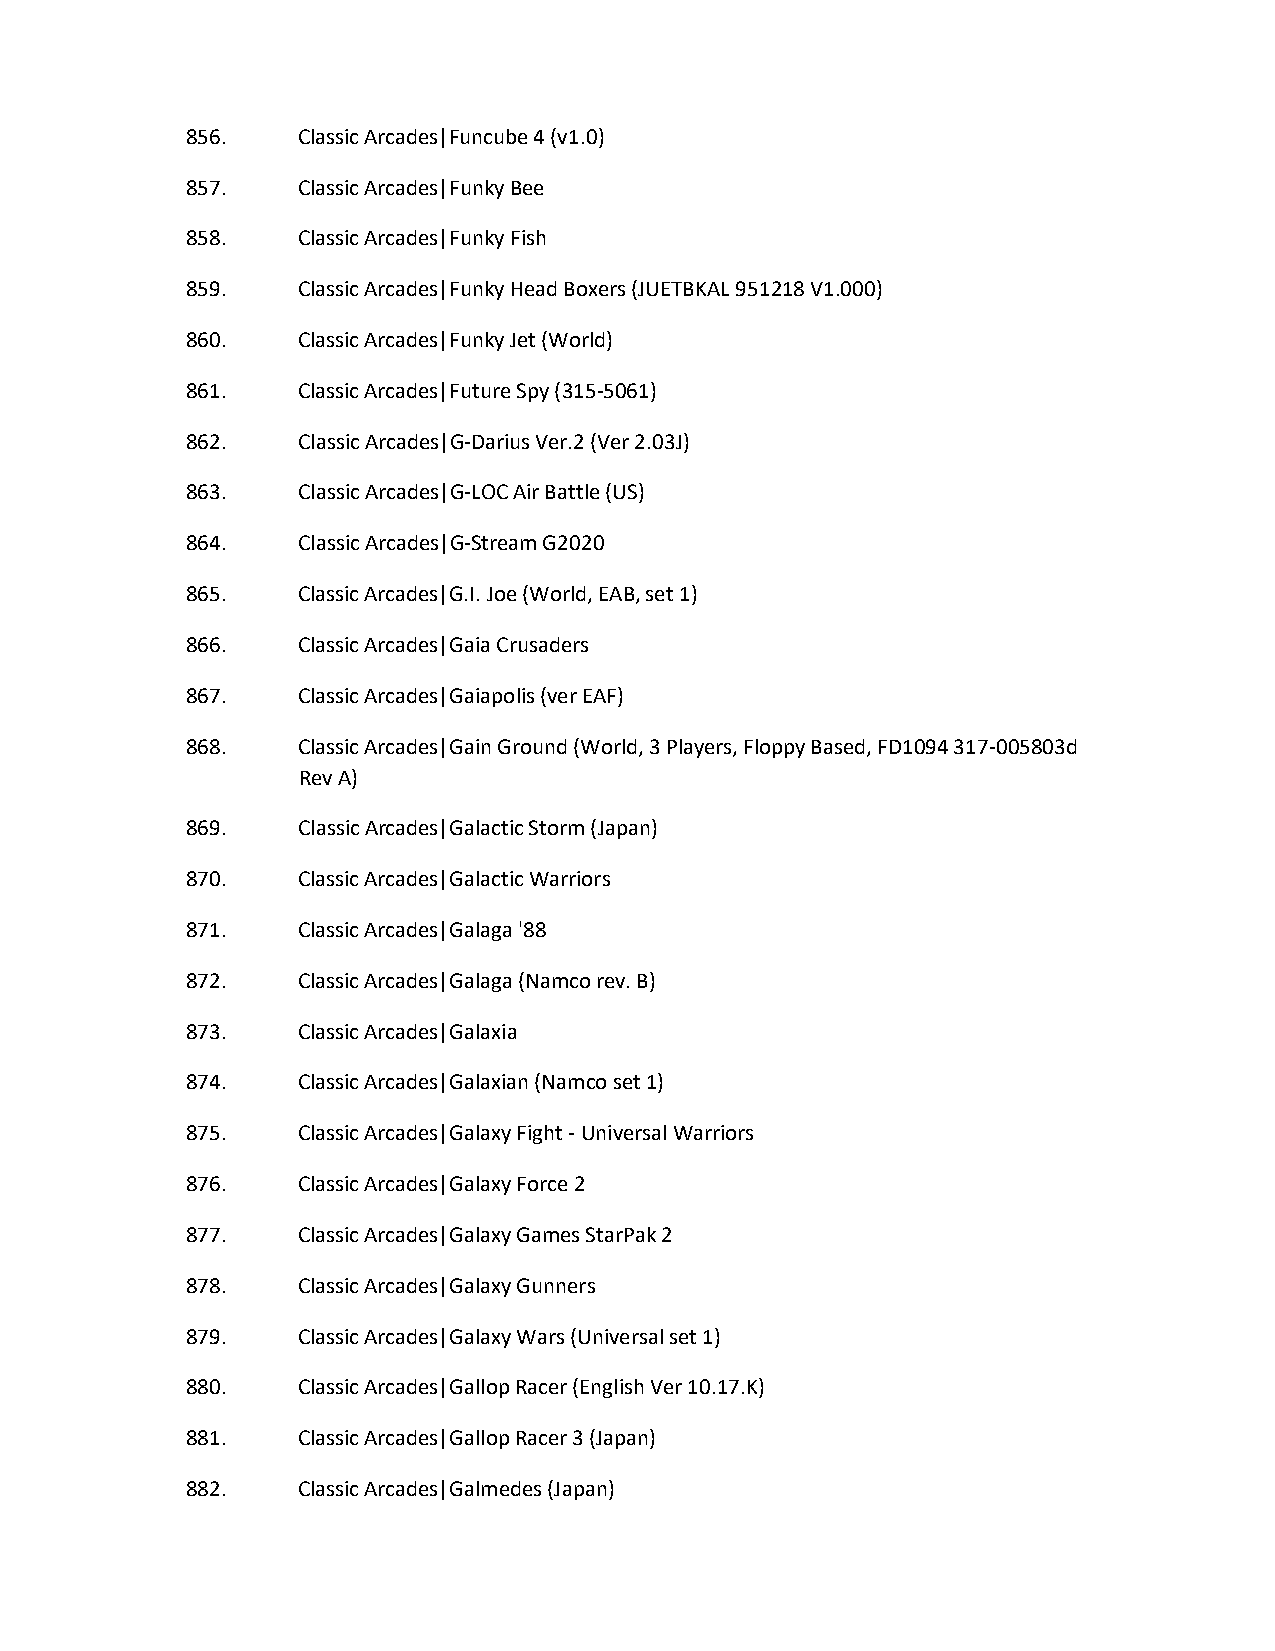
856.    Classic Arcades|Funcube 4 (v1.0)
 857.    Classic Arcades|Funky Bee
 858.    Classic Arcades|Funky Fish
 859.    Classic Arcades|Funky Head Boxers (JUETBKAL 951218 V1.000)
 860.    Classic Arcades|Funky Jet (World)
 861.    Classic Arcades|Future Spy (315-5061)
 862.    Classic Arcades|G-Darius Ver.2 (Ver 2.03J)
 863.    Classic Arcades|G-LOC Air Battle (US)
 864.    Classic Arcades|G-Stream G2020
 865.    Classic Arcades|G.I. Joe (World, EAB, set 1)
 866.    Classic Arcades|Gaia Crusaders
 867.    Classic Arcades|Gaiapolis (ver EAF)
 868.    Classic Arcades|Gain Ground (World, 3 Players, Floppy Based, FD1094 317-005803d
 Rev A)
 869.    Classic Arcades|Galactic Storm (Japan)
 870.    Classic Arcades|Galactic Warriors
 871.    Classic Arcades|Galaga '88
 872.    Classic Arcades|Galaga (Namco rev. B)
 873.    Classic Arcades|Galaxia
 874.    Classic Arcades|Galaxian (Namco set 1)
 875.    Classic Arcades|Galaxy Fight - Universal Warriors
 876.    Classic Arcades|Galaxy Force 2
 877.    Classic Arcades|Galaxy Games StarPak 2
 878.    Classic Arcades|Galaxy Gunners
 879.    Classic Arcades|Galaxy Wars (Universal set 1)
 880.    Classic Arcades|Gallop Racer (English Ver 10.17.K)
 881.    Classic Arcades|Gallop Racer 3 (Japan)
 882.    Classic Arcades|Galmedes (Japan)